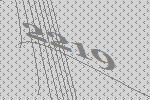
2219